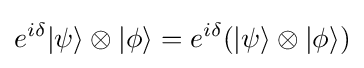
e^{i\delta }|\psi \rangle \otimes |\phi \rangle =e^{i\delta }(|\psi \rangle \otimes |\phi \rangle )